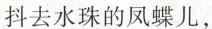
抖去水珠的凤蝶儿，